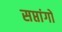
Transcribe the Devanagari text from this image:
सप्तांगों